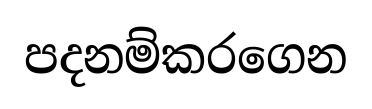
පදනම්කරගෙන